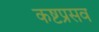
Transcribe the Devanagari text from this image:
कष्टप्रसव